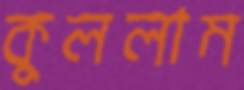
কুললাম